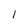
Character: 1